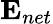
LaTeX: {\mathbf{E}}_{net}